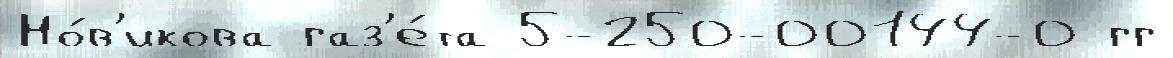
Но́в'икова газ'е́та 5-250-00144-0 гг